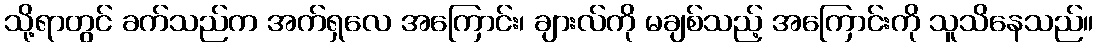
သို့ရာတွင် ခက်သည်က အက်ရှလေ အကြောင်း၊ ချားလ်ကို မချစ်သည့် အကြောင်းကို သူသိနေသည်။